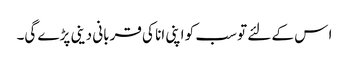
ا س کے لئے تو سب کو اپنی انا کی قربانی دینی پڑے گی۔